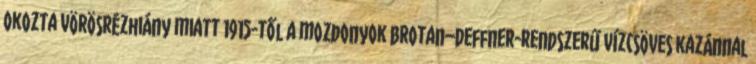
okozta vörösrézhiány miatt 1915-től a mozdonyok Brotan–Deffner-rendszerű vízcsöves kazánnal